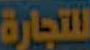
للتجارة